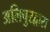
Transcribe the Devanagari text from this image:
अलिपुरद्वारा